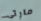
مارتى